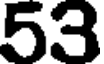
53